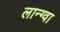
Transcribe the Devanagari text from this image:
लान्ग्वा